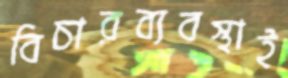
বিচারব্যবস্থাই